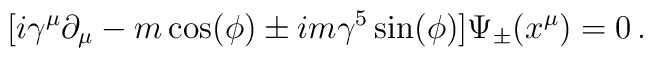
[ i\gamma^\mu \partial_\mu -m\cos (\phi) \pm im\gamma^5 \sin (\phi) ] \Psi_\pm (x^\mu) =0\,.